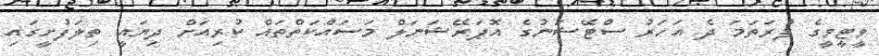
ވީޓީވީގެ ފުރަތަމަ ދެ އަހަރު ސްޓޭޝަނުގެ އޮޕަރޭޝަނަލް މަސައްކަތްތައް ކުރިއަށް ދިޔައީ ތިލަފުށީގައި